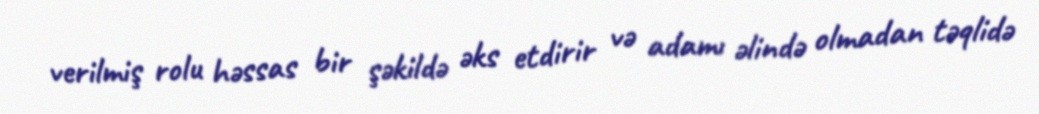
verilmiş rolu həssas bir şəkildə əks etdirir və adamı əlində olmadan təqlidə